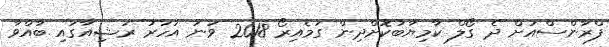
ފްރާންސްއަށް ދެ ގޯލް ކާމިޔާބުކޮށްދިން ގަމެއިރޯ 2018 ވަނަ އަހަރު ރަޝިއާގައި ބާއްވާ